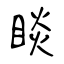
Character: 睒